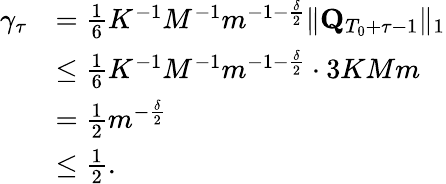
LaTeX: \begin{array}{rl}{\gamma_{\tau}}&{=\frac 16K^{-1}M^{-1}m^{-1-\frac\delta 2}\lVert\mathbf Q_{T_{0}+\tau-1}\rVert_{1}}\\ &{\le\frac 16K^{-1}M^{-1}m^{-1-\frac\delta 2}\cdot 3KMm}\\ &{=\frac 12m^{-\frac\delta 2}}\\ &{\le\frac 12.}\end{array}